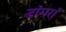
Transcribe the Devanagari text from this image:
डांगरां